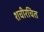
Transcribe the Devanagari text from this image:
शचीरचित